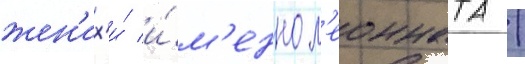
жен'их'и́ и́м'енно л'еонната /